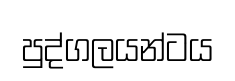
පුද්ගලයන්ටය